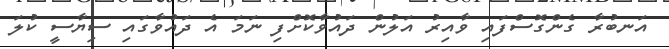
އަނބުރާ ގެންގޮސްފައި ވާއިރު އަލުން ދައުވާކޮށްފި ނަމަ އެ ދައުވާގައި ސިޔާސީ ކުލަ